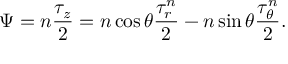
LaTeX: \Psi = n \frac { \tau _ { z } } { 2 } = n \cos \theta \frac { \tau _ { r } ^ { n } } { 2 } - n \sin \theta \frac { \tau _ { \theta } ^ { n } } { 2 } .